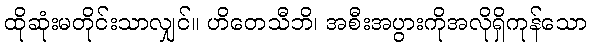
ထိုဆုံးမတိုင်းသာလျှင်။ ဟိတေသီဘိ၊ အစီးအပွားကိုအလိုရှိကုန်သော